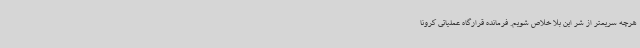
هرچه سریعتر از شر این بلا خلاص شویم. فرمانده قرارگاه عملیاتی کرونا